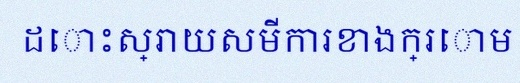
ដោះស្រាយសមីការខាងក្រោម